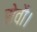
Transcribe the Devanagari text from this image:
सेवाै।